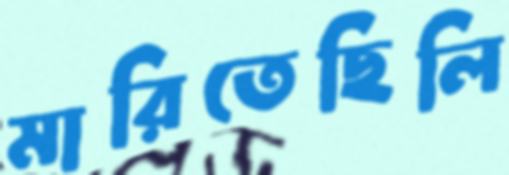
মারিতেছিলি